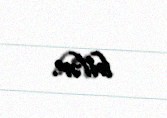
bilər.